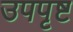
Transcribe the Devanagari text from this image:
उपपृष्ट